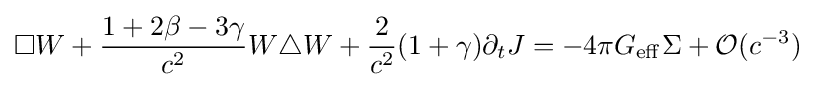
\Box W+{\frac {1+2\beta -3\gamma }{c^{2}}}W\triangle W+{\frac {2}{c^{2}}}(1+\gamma )\partial _{t}J=-4\pi G_{\mathrm {eff} }\Sigma +{\mathcal {O}}(c^{-3})~